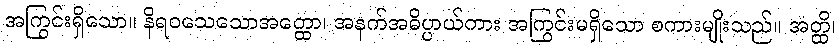
အကြွင်းရှိသော။ နိရဝသေသောအတ္ထော၊ အနက်အဓိပ္ပာယ်ကား အကြွင်းမရှိသော စကားမျိုးသည်။ အတ္ထိ၊